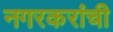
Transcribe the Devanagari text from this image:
नगरकरांची